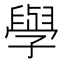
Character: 𫝯